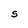
Character: S